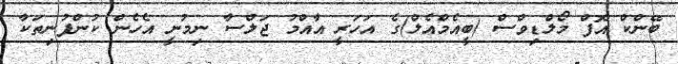
ބޭންކް އޮފް މޯލްޑިވްސް (ބީއެމްއެލް)ގެ އަހަރީ އާއްމު ޖަލްސާ ނިމުނީ އެހެން ކުންފުނިތަކާ